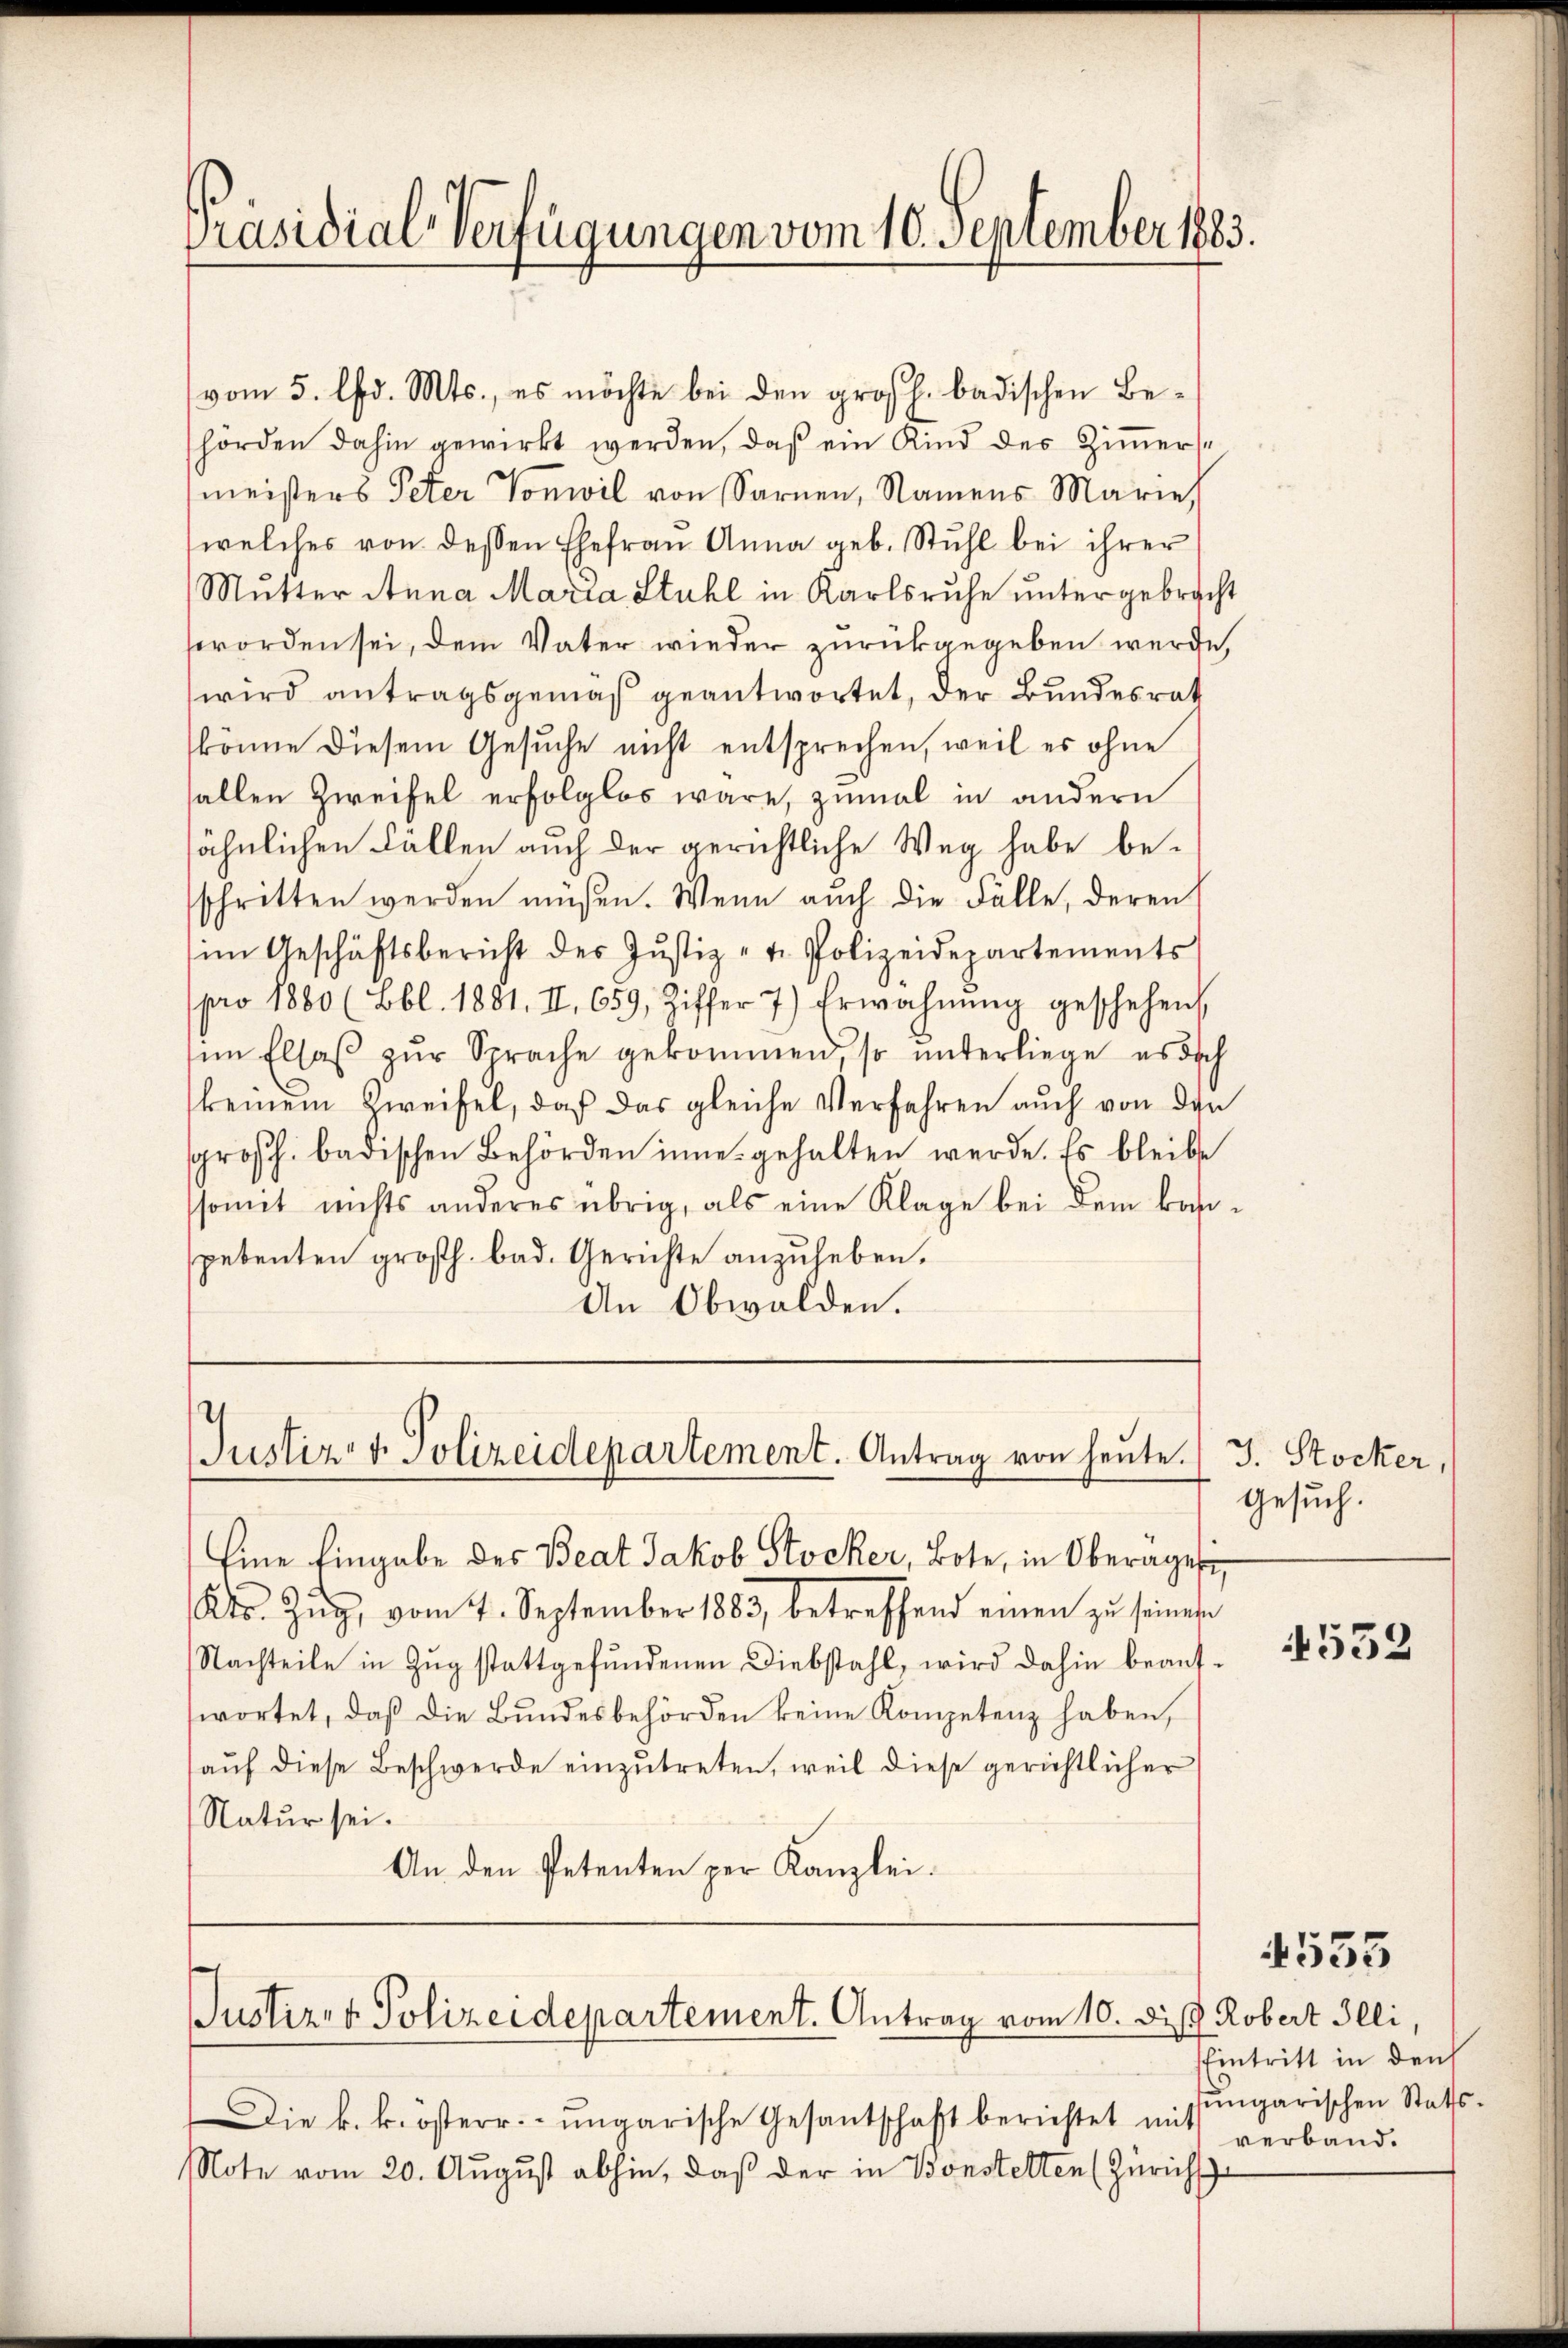
Präsidial-Verfügungen vom 10. September 1883.

vom 5. lfd. Mts., es möchte bei den großh. badischen Behörden dahin gewirkt werden, daß ein Kind des Zimmersmeisters Peter Vonwil von Sarnen, Namens Marie
welches von dessen Ehefrau Anna geb. Stuhl bei ihrer
Mutter Anna Maria Stuhl in Karlsruhe untergebracht
worden sei, dem Vater wieder zurückgegeben werde,
wird antragsgemäß geantwortet, der Bundesrat
könne diesem Gesuche nicht entsprechen, weil es ohne
allen Zweifel erfolglos wäre, zumal in andern
sähnlichen Fällen auch der gerichtliche Weg habe beschritten werden müßen. Wenn auch die Fälle, deren
im Geschäftsbericht der Justiz- u. Polizeidepartements
pro 1880 (Bbl. 1881. II. 659, Ziffer 7) Erwähnŭng geschehen,
sim Elsaβ zŭr Sprache gekommen, so unterliege es dich
keinem Zweifel, daß das gleiche Verfahren auch von den
srosch. badischen Behörden inne gehalten werde. Es bleibe
somit nichts anderes übrig, als eine Klage bei dem kaspetenten großh. bad. Gerichte anzuheben.
An Obwalden.

Justiz- & Polizeidepartement. Antrag von heute.

Eine Eingabe des Beat Jakob Stocker, Bote, in Oberages,
Kts. Zŭg, vom 7. September 1883, betreffend einen zu seiner
Nachteile in Zŭg stattgefŭndenen Diebstahl, wird dahin beantwortet, daβ die Bŭndesbehörden keine Kompetenz haben,
aŭf diese Beschwerde einzŭtreten, weil diese gerichtlicher
Natur sei.
An den Petenten per Kanzlei.

Justiz- & Polizeidepartement. Antrag vom 10. Dist. Robert Illi,

Die k. k. österr. ungarische Gesantschaft berichtet mit
Note vom 20. August abhin, daß der in Bonstelten (Züricht

J. Stocker,
Gesuch.

552

4535

Eintritt in den
ungarischen Stattverband.